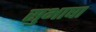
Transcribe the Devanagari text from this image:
सुभाषा